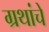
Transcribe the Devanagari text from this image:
ग्रथांचे